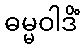
ဓမ္မဝါဒိံ